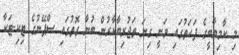
މި ކާމިޔާބީގެ ފަހަތުގައި ވަނީ ގިނަ ތަޖުރިބާކާރުން ބުނާ ގޮތުގައި ސްޕޭނުގެ ޓިކި-ޓަކާ